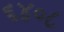
૬૪૦૮